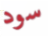
سود